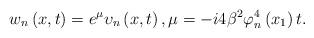
LaTeX: \begin{align*}w_{n}\left( x,t\right) =e^{\mu }\upsilon _{n}\left( x,t\right) ,\mu=-i4\beta ^{2}\varphi _{n}^{4}\left( x_{1}\right) t. \end{align*}